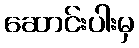
ဆောင်းပါးမှ